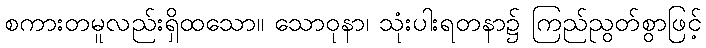
စကားတမူလည်းရှိထသော။ သောဝုနာ၊ သုံးပါးရတနာ၌ ကြည်ညွတ်စွာဖြင့်